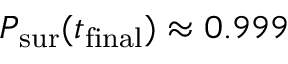
P _ { \mathrm { s u r } } ( t _ { \mathrm { f i n a l } } ) \approx 0 . 9 9 9